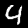
Digit: 4